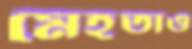
মেহতাও